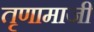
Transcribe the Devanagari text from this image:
तृणामाजी